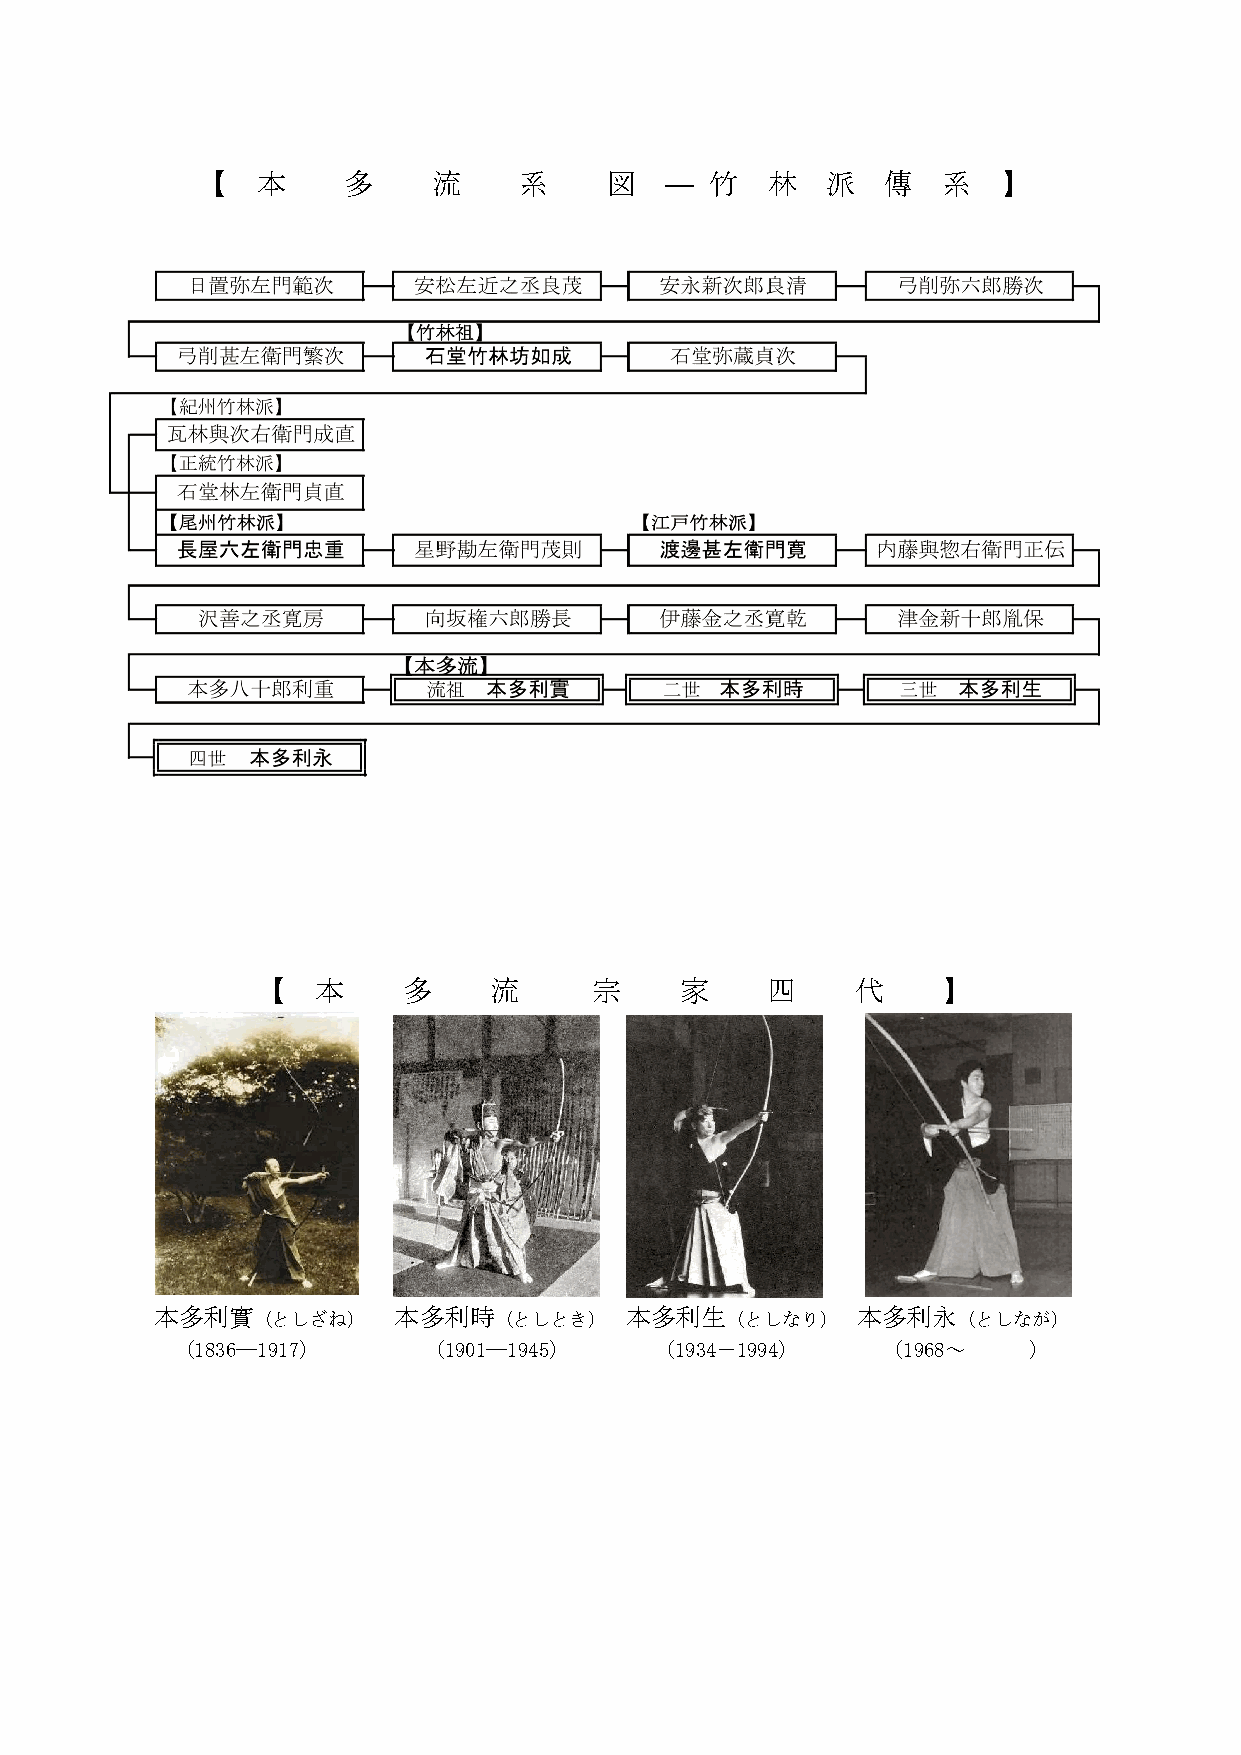
【   本     多     流    系     図   ―  竹   林   派   傳  系   】
 【   本     多    流      宗     家     四     代    】
 本多流流祖          本多流二世           本多流三世           本多流四世
 本多利實（としざね）      本多利時（としとき）     本多利生（としなり）      本多利永（としなが）
 （1836―1917）     （1901―1945）    （1934－1994）    （1968～    ）